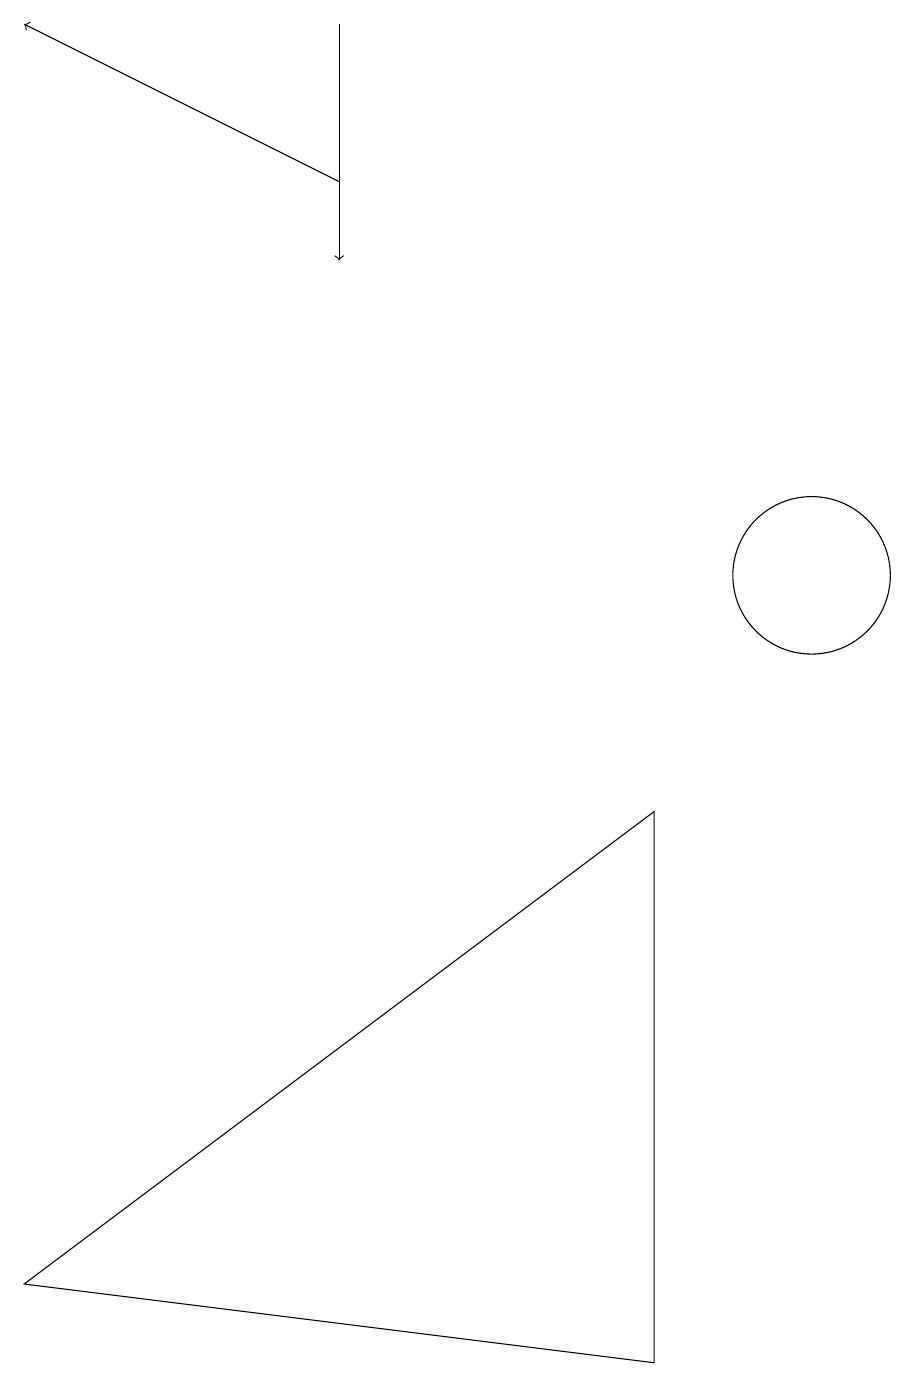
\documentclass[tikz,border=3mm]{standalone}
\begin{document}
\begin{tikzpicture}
\draw[->] (4,17) -- (4,14);
\draw (10,10) circle (1);
\draw[->] (4,15) -- (0,17);
\draw (8,7) -- (8,0) -- (0,1) -- cycle;
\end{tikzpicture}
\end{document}